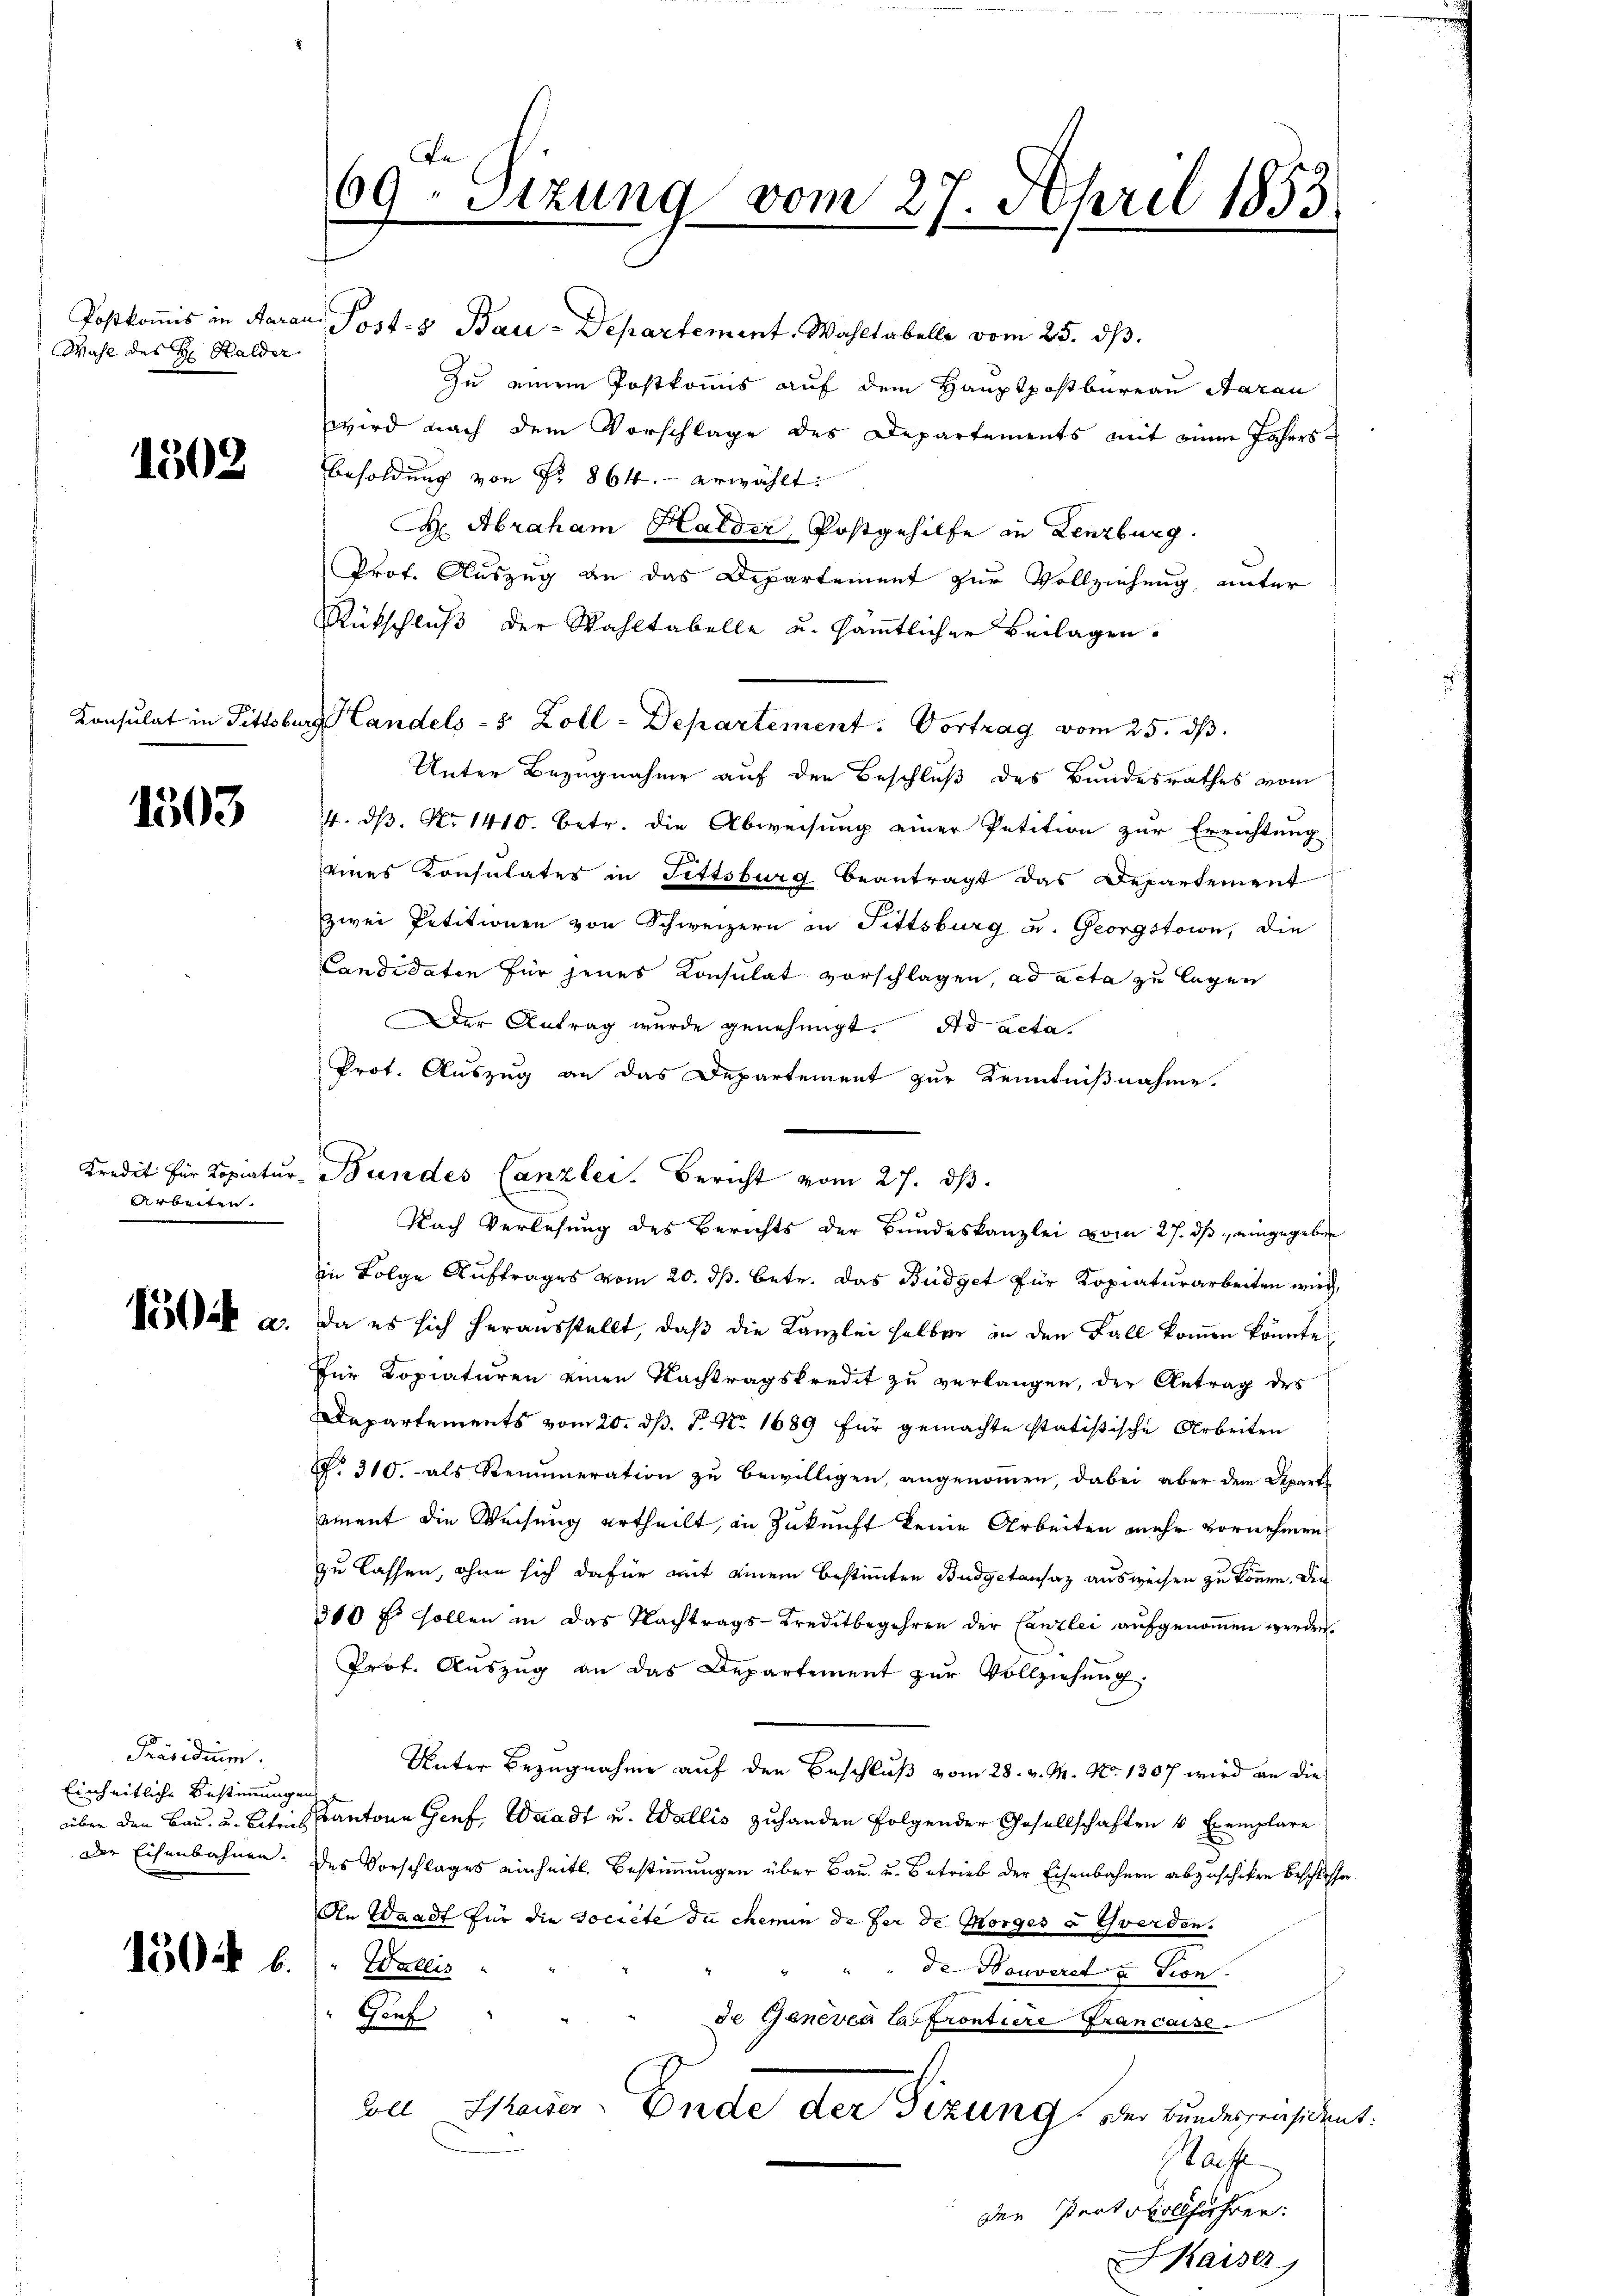
Wahl des H: Halder

1502

Konsulat in Tittsbur

1503

Arbeiten.

150 a.

Präsidium.
Einheitliche Bestimmungen
über den Bau- u. Betrieb
Der Eisenbahnen.

150. 6.

De
69- Sizung vom 27. April 1853
3

Postkomis in Aarau, Post- & Bau-Departement. Wahltabelle vom 25. ds.
Zu einem Postkomis auf dem Hauptpostbureau Aarau
wird nach dem Vorschlage des Departements mit einen Jahres¬
Besoldung von Fr. 864.- erwählt:
C Abraham Halder, Postgehilfe in Lenzburg.
Prof. Auszug an das Departement zur Vollziehung, unter
Rütschluß der Wahltabelle u. sämtlicher Beilagen.
g Handels- 5 Zoll-Departement. Vortrag vom 25. ds.
Unter Bezugnahme auf den Beschluß des Bundesrathes vom
4. ds. Nr. 1410. Betr. die Abweisung einer Petition zur Errichtung
eines Konsulates in Fittsburg beantragt das Departement
zwei Petitionen von Schweizern in Fittsburg u. Georgstain, die
Candidaten für jenes Konsulat vorschlagen, ad acta zu legen
Der Antrag wurde genehmigt. Ad acta.
Prot. Auszug an das Departement zur Kenntnißnahme.
Nach Verlesung des Berichts der Bundeskanzlei vom 27. ds eingegeben
in Folge Auftrages vom 20. ds. betr. das Budget für Kopiaturarbeiten wird,
da es sich herausstellt, daß die Kanzlei halben in den Fall kommen könnte
Für Kopiaturen einen Nachtragskredit zu verlangen, der Antrag des
Departements vom 20. dh. P. Nr. 1689 für gemachte statistische Arbeiten
P. 310. als Renumeration zu bewilligen, angenommen, dabei aber dem Depart
ament die Weisung ertheilt, in Zukunft keine Arbeiten mehr vornehmen
zu lassen, ohne sich dafür mit einem bestimmten Budgetansaz ausweisen zu können. Die
300 f. sollen in das Nachtrags-Kreditbegehren der Canzlei aŭfgenoṁen werden.
Prof. Auszug an das Departement zŭr Vollziehung.
Unter Bezugnahme auf den Beschluß vom 28. v. M. No. 1307 wird an die
a¬
Kantone Genf, Waadt u. Wallis zuhanden folgender Gesellschaften 4 Exemplare
des Vorschlages einheits. Bestiṁŭngen über Bau- u. Betrieb der Eisenbahnen abzuschiken beschlossen.
An Waadt für die Societe du chemin de der de Morges u Gwerden.
Wallis
de Nouverstation
Gouf
de Genevea Carrontiere Francoise.
oll Schauer- Ende der Sizung der Bundespräsident.
Nacht
den Protokollführen:
Kaiser

Kredit für Kopiatur- Bundes Canzlei. Bericht vom 27. dβ.